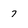
Character: 7